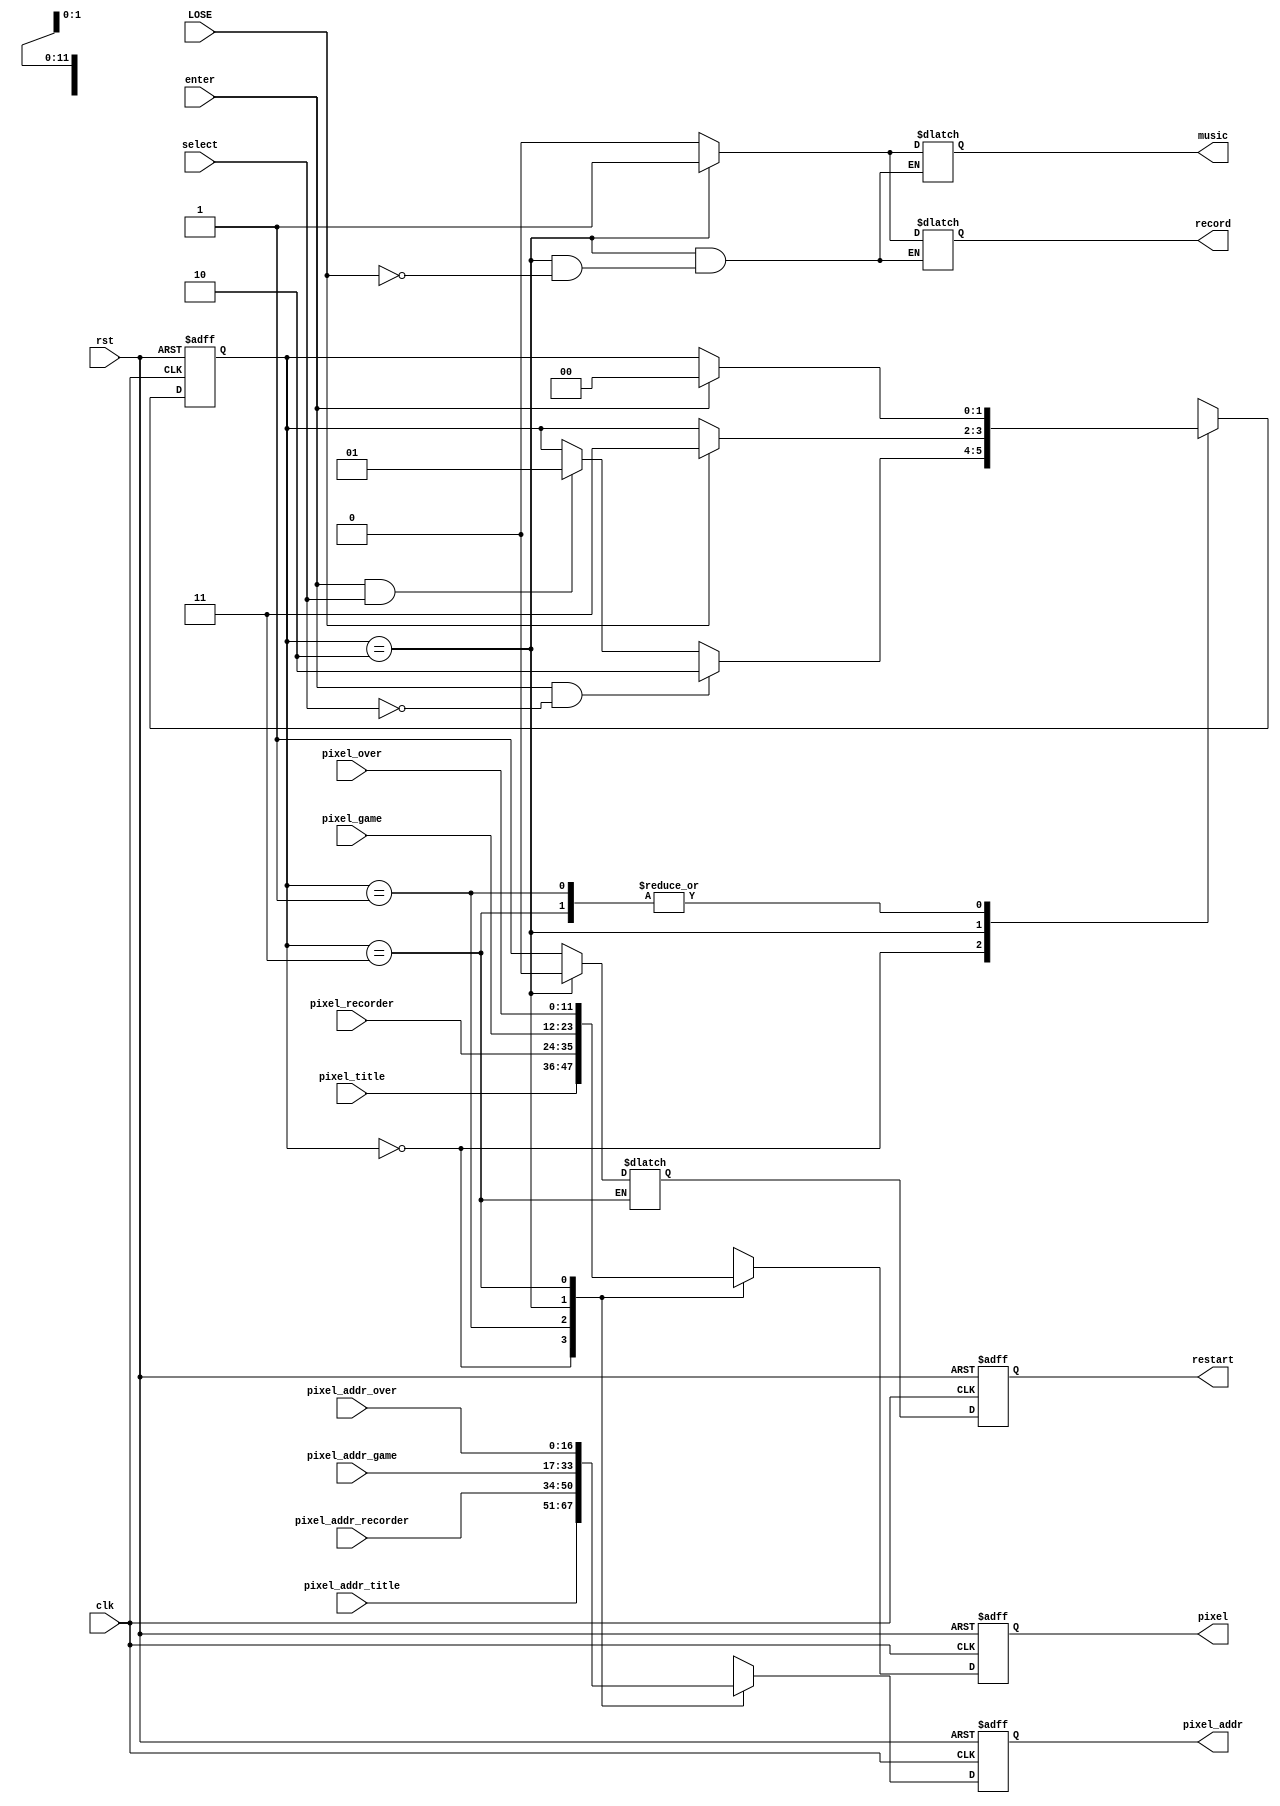
module FSM(pixel_game, pixel_addr_game, pixel_over, pixel_addr_over, pixel_recorder, pixel_addr_recorder, pixel_title, pixel_addr_title, clk, rst, pixel_addr, pixel, select, LOSE, enter, restart, record, music);
    input [11:0]pixel_game;
    input [16:0]pixel_addr_game;
    input [11:0]pixel_title;
    input [16:0]pixel_addr_title;
    input [11:0]pixel_recorder;
    input [16:0]pixel_addr_recorder;
    input [11:0]pixel_over;
    input [16:0]pixel_addr_over;
    input clk;
    input rst;
    input enter;
    input LOSE;
    input select;
    output reg [16:0]pixel_addr;
    output reg [11:0]pixel;
    output reg restart;
    output reg record;
    output reg music;
    
    reg [1:0]state;
    reg [1:0]next_state;
    reg [16:0]pixel_addr_temp ;
    reg [11:0]pixel_temp ;
    reg restart_temp;
    
    always@*
        case(state)
            2'b00: begin
                if (enter & ~select) begin
                    next_state = 2'b10;
                    restart_temp = 1;
                end
                else if (enter & select) begin 
                    next_state = 2'b01;
                    restart_temp = 1;
                end
                else begin 
                    next_state = state;
                    restart_temp = 1;
                end
                pixel_temp = pixel_title;
                pixel_addr_temp = pixel_addr_title;
                music = 0;
                record = 0;
            end
            2'b01: begin
                if (enter) next_state = 2'b00;
                else next_state = state;
                pixel_temp = pixel_recorder;
                pixel_addr_temp = pixel_addr_recorder;
                restart_temp = 1;
                record = 0;
                music = 0;
            end
            2'b10: begin
                if (LOSE) begin 
                    next_state = 2'b11;
                    record = 1;
                    music = 1; 
                end
                else next_state = state;
                pixel_temp = pixel_game;
                pixel_addr_temp = pixel_addr_game;
                restart_temp = 0;
            end
            2'b11: begin
                if (enter) next_state = 2'b00;
                else next_state = state;
                pixel_temp = pixel_over;
                pixel_addr_temp = pixel_addr_over;  
                record = 0;
                music = 0;              
            end
            default: begin
                next_state = 0;
                pixel_temp = 0;
                pixel_addr_temp = 0;
                restart_temp = 0;
            end
        endcase
    always@(posedge clk or posedge rst)
        if (rst) begin
            state <= 0;
            pixel <= 0;
            pixel_addr <= 0;
            restart <= 1;
        end
        else begin
            state <= next_state;
            pixel = pixel_temp;
            pixel_addr = pixel_addr_temp;
            restart <= restart_temp;
        end
    
endmodule